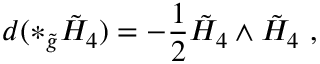
d ( \ast _ { \tilde { g } } \tilde { H } _ { 4 } ) = - \frac { 1 } { 2 } \tilde { H } _ { 4 } \wedge \tilde { H } _ { 4 } \ ,